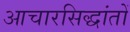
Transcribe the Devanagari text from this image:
आचारसिद्धांतों